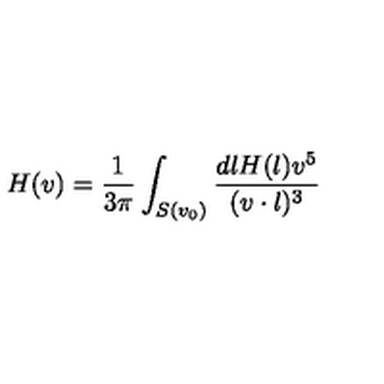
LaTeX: H ( v ) = { \frac { 1 } { 3 \pi } } \int _ { S ( v _ { 0 } ) } { \frac { d l H ( l ) v ^ { 5 } } { ( v \cdot l ) ^ { 3 } } }